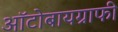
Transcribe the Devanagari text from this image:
ऑटोबायग्राफी